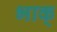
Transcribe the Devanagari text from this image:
भाक्‌